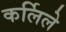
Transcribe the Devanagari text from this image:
कर्लिले